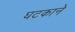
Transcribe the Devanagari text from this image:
घटकाने